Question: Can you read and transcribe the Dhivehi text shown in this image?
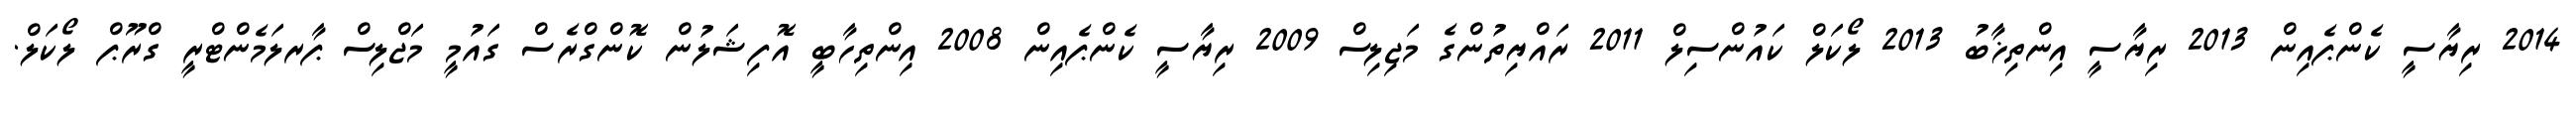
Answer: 2014 ރިޔާސީ ކެންޕެއިން 2013 ރިޔާސީ އިންތިޚާބު 2013 ލޯކަލް ކައުންސިލް 2011 ރައްޔިތުންގެ މަޖިލިސް 2009 ރިޔާސީ ކެންޕެއިން 2008 އިންތިހާބީ އޮފިޝަލުން ކޮންގްރެސް ގައުމީ މަޖްލިސް ޕާރލަމެންޓްރީ ގްރޫޕް ލޯކަލް.